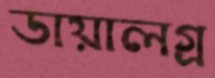
ডায়ালগ্র